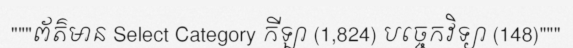
"""ព័ត៌មាន Select Category កីឡា (1,824) បច្ចេកវិទ្យា (148)"""